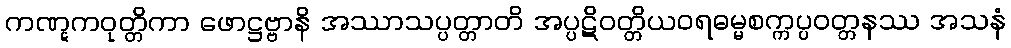
ကဏ္ဋကဝုတ္တိကာ ဖောဋ္ဌဗ္ဗာနိ အဿာသပ္ပတ္တာတိ အပ္ပဋိဝတ္တိယဝရဓမ္မစက္ကပ္ပဝတ္တနဿ အသနံ